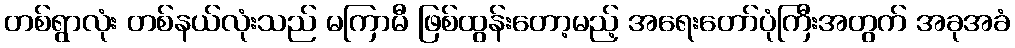
တစ်ရွာလုံး တစ်နယ်လုံးသည် မကြာမီ ဖြစ်ထွန်းတော့မည့် အရေးတော်ပုံကြီးအတွက် အခုအခံ